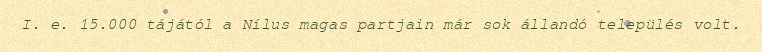
I. e. 15.000 tájától a Nílus magas partjain már sok állandó település volt.